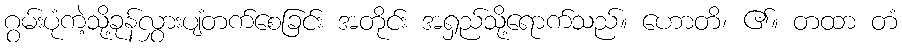
ဂွမ်းပုံကဲ့သို့ခုန်လွှားပျံတက်စေခြင်း အတိုင်း အရှည်သို့ရောက်သည်။ ဟောတိ၊ ၏။ တထာ တံ